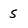
Character: 5